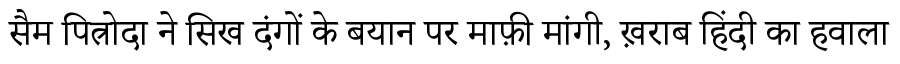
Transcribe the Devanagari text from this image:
सैम पित्रोदा ने सिख दंगों के बयान पर माफ़ी मांगी, ख़राब हिंदी का हवाला